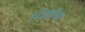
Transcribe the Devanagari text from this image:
ॲक्रॉस